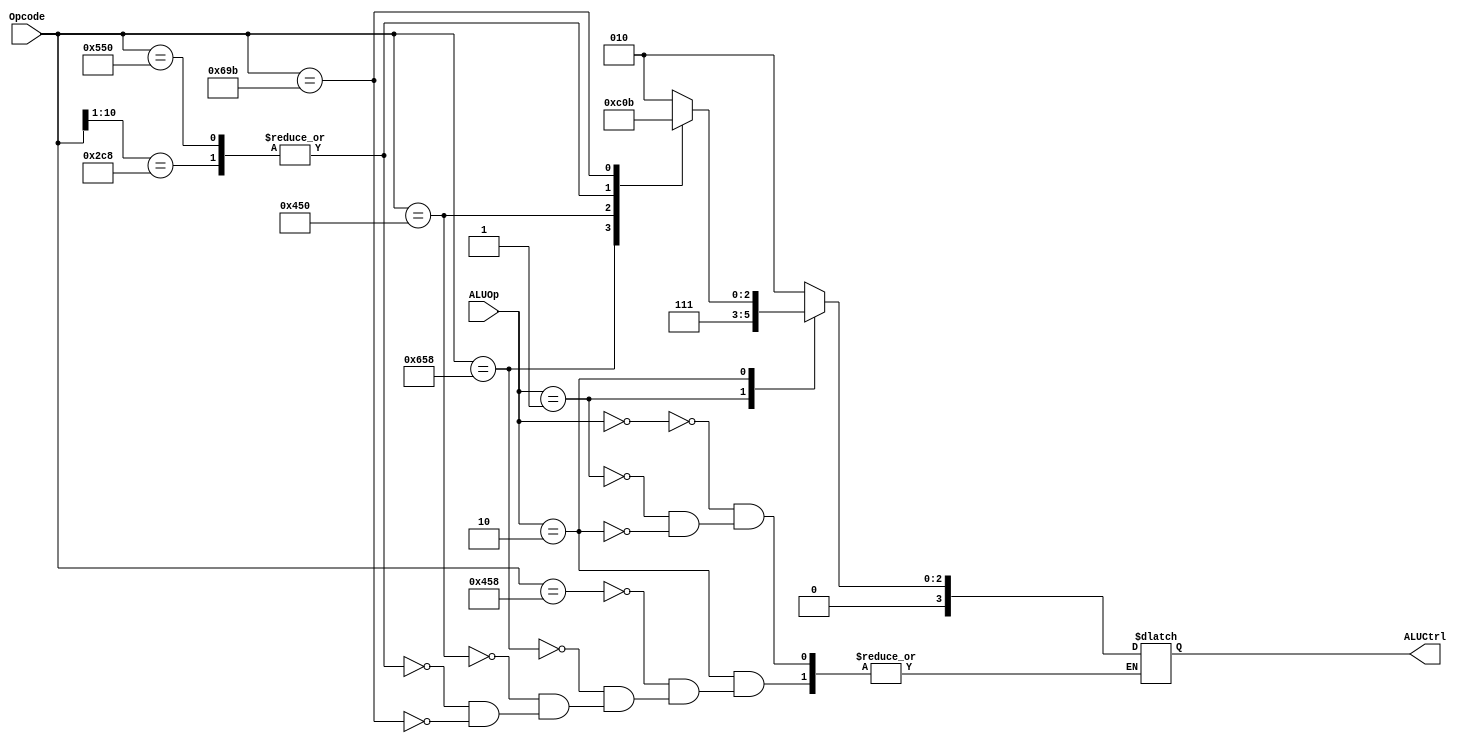
`timescale 1ns / 1ps

`define ADD  11'b100_0101_1000
`define SUB  11'b110_0101_1000
`define AND  11'b100_0101_0000
`define ORR  11'b101_0101_0000
`define ORRI 11'b101_1001_000?
`define LSL  11'b110_1001_1011

module ALUControl(ALUCtrl, ALUOp, Opcode);
	input [1:0] ALUOp;
	input [10:0] Opcode;
	output reg [3:0] ALUCtrl;

	always @(*) begin
		casez(ALUOp)
			2'b00: ALUCtrl <= #2 4'b010;
			2'b01: ALUCtrl <= #2 4'b111;
			2'b10:
				casez(Opcode)
					`ADD: ALUCtrl 		 <= #2 4'b010;
					`SUB: ALUCtrl 		 <= #2 4'b110;
					`AND: ALUCtrl 		 <= #2 4'b000;
					`ORR, `ORRI: ALUCtrl <= #2 4'b001;
					`LSL: ALUCtrl 		 <= #2 4'b011;
				endcase
		endcase
		
	end
endmodule